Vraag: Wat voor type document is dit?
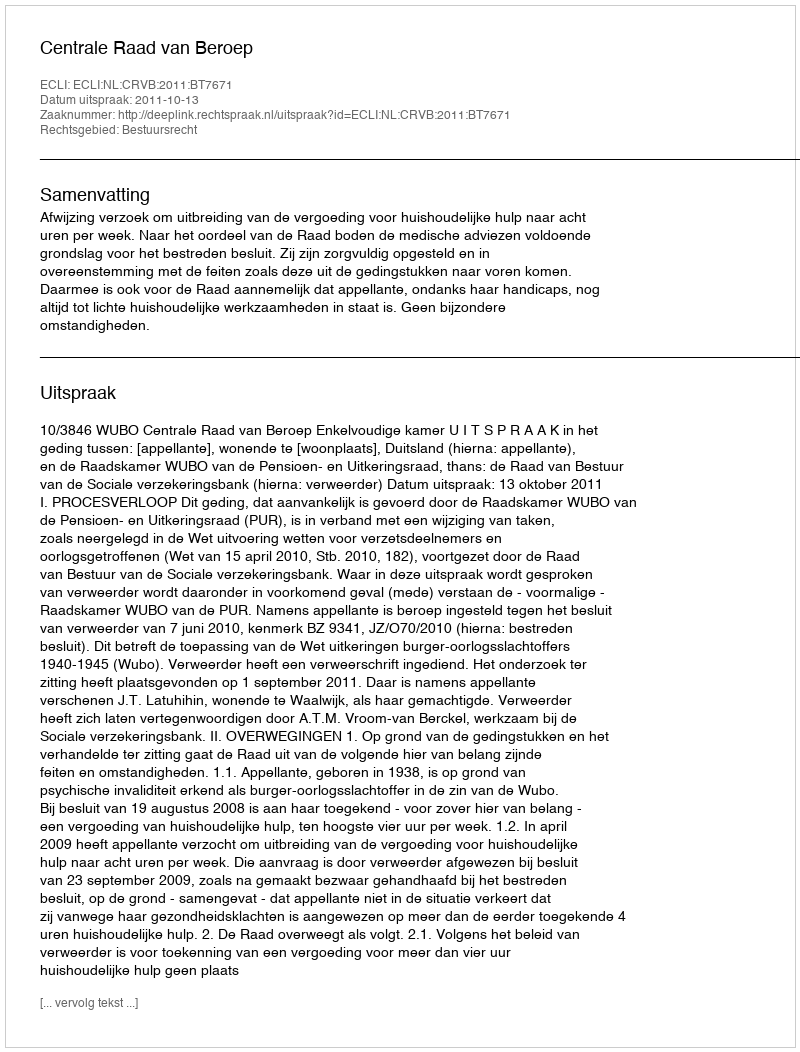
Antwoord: Uitspraak